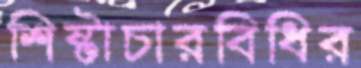
শিষ্টাচারবিধির